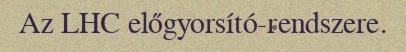
Az LHC előgyorsító-rendszere.